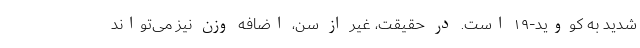
شدید به کووید-۱۹ است. در حقیقت، غیر از سن، اضافه وزن نیز می‌تواند